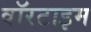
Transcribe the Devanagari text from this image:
वॉरटाइम